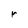
Character: r